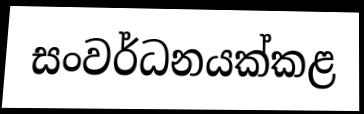
සංවර්ධනයක්කළ